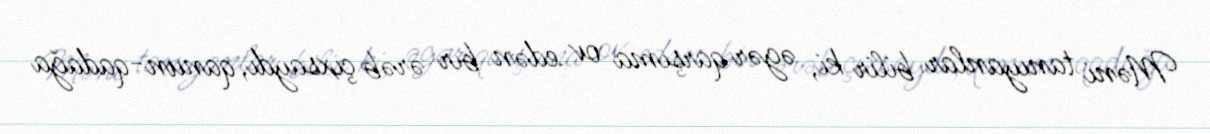
Məni tanıyanlar bilir ki, əgər qarşıma ov edən bir ərəb çıxsaydı, qanun-qadağa